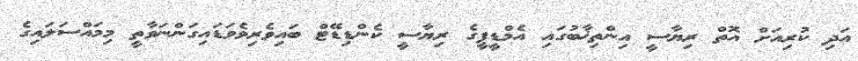
އަދި ކުރިއަށް އޮތް ރިޔާސީ އިންތިޚާބުގައި އެމްޑީޕީގެ ރިޔާސީ ކެންޑިޑޭޓް ބައިވެރިވެވަޑައިގަންނަވާތީ މިމައްސަލައިގެ